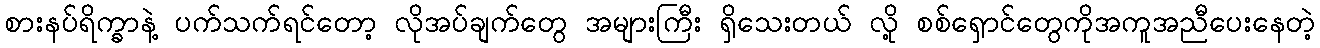
စားနပ်ရိက္ခာနဲ့ ပက်သက်ရင်တော့ လိုအပ်ချက်တွေ အများကြီး ရှိသေးတယ် လို့ စစ်ရှောင်တွေကိုအကူအညီပေးနေတဲ့